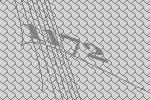
1172